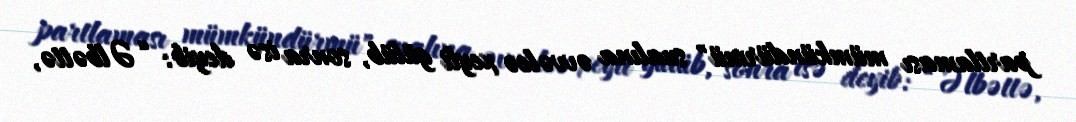
partlaması mümkündürmü" sualına əvvəlcə xeyli gülüb, sonra isə deyib: “Əlbəttə,